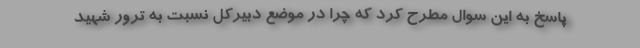
پاسخ به این سوال مطرح کرد که چرا در موضع دبیرکل نسبت به ترور شهید